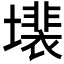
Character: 𱘍